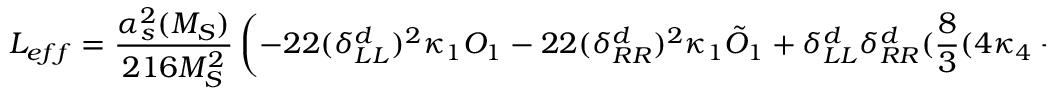
{ \cal L } _ { e f f } = \frac { \alpha _ { s } ^ { 2 } ( M _ { S } ) } { 2 1 6 M _ { S } ^ { 2 } } \left( - 2 2 ( \delta _ { L L } ^ { d } ) ^ { 2 } \kappa _ { 1 } { \cal O } _ { 1 } - 2 2 ( \delta _ { R R } ^ { d } ) ^ { 2 } \kappa _ { 1 } \tilde { { \cal O } } _ { 1 } + \delta _ { L L } ^ { d } \delta _ { R R } ^ { d } ( \frac { 8 } { 3 } ( 4 \kappa _ { 4 } + 5 \kappa _ { 5 } ) { \cal O } _ { 4 } - 4 0 \kappa _ { 5 } { \cal O } _ { 5 } ) + \mathrm { h . c . } \right) .